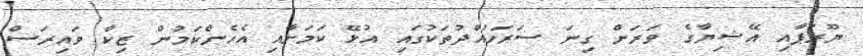
ޔޫރަޕާއި އޭޝިޔާގެ ވަރަށް ގިނަ ސަރަހައްދުތަކުގައި އުޅޭ ކަމަށާއި އެހެންކަމުން ޒިކާ ވައިރަސް